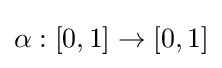
\alpha :[0,1]\rightarrow [0,1]